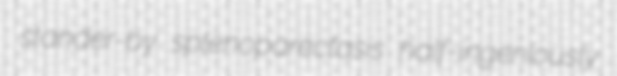
stander-by splenoparectasis half-ingeniously